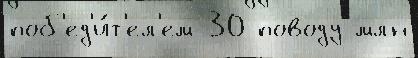
поб'ед'и́т'ел'ем 30 поводу млн